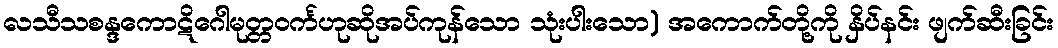
လသီသစန္ဒကောဋိဂေါမုတ္တဝင်္ကဟုဆိုအပ်ကုန်သော သုံးပါးသော) အကောက်တို့ကို နှိပ်နင်း ဖျက်ဆီးခြင်း